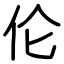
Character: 伦